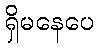
ရှိမနေပေ